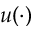
u ( \cdot )